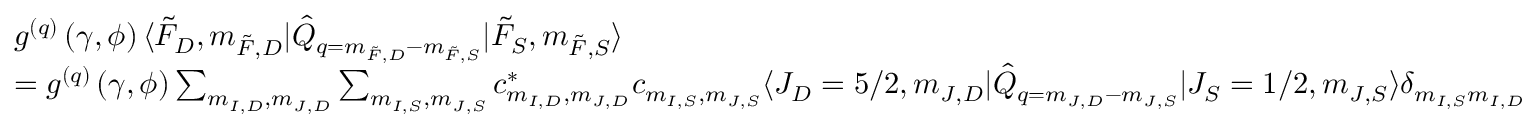
\begin{array} { r l } & { g ^ { ( q ) } \left( \gamma , \phi \right) \langle \Tilde { F } _ { D } , m _ { \Tilde { F } , D } \rvert \hat { Q } _ { q = m _ { \Tilde { F } , D } - m _ { \Tilde { F } , S } } \lvert \Tilde { F } _ { S } , m _ { \Tilde { F } , S } \rangle } \\ & { = g ^ { ( q ) } \left( \gamma , \phi \right) \sum _ { m _ { I , D } , m _ { J , D } } \sum _ { m _ { I , S } , m _ { J , S } } c _ { m _ { I , D } , m _ { J , D } } ^ { * } c _ { m _ { I , S } , m _ { J , S } } \langle J _ { D } = 5 / 2 , m _ { J , D } \rvert \hat { Q } _ { q = m _ { J , D } - m _ { J , S } } \lvert J _ { S } = 1 / 2 , m _ { J , S } \rangle \delta _ { m _ { I , S } m _ { I , D } } } \end{array}